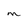
Character: M